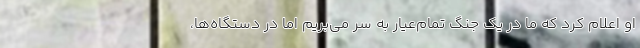
او اعلام کرد که ما در یک جنگ تمام‌عیار به سر می‌بریم اما در دستگاه‌ها،